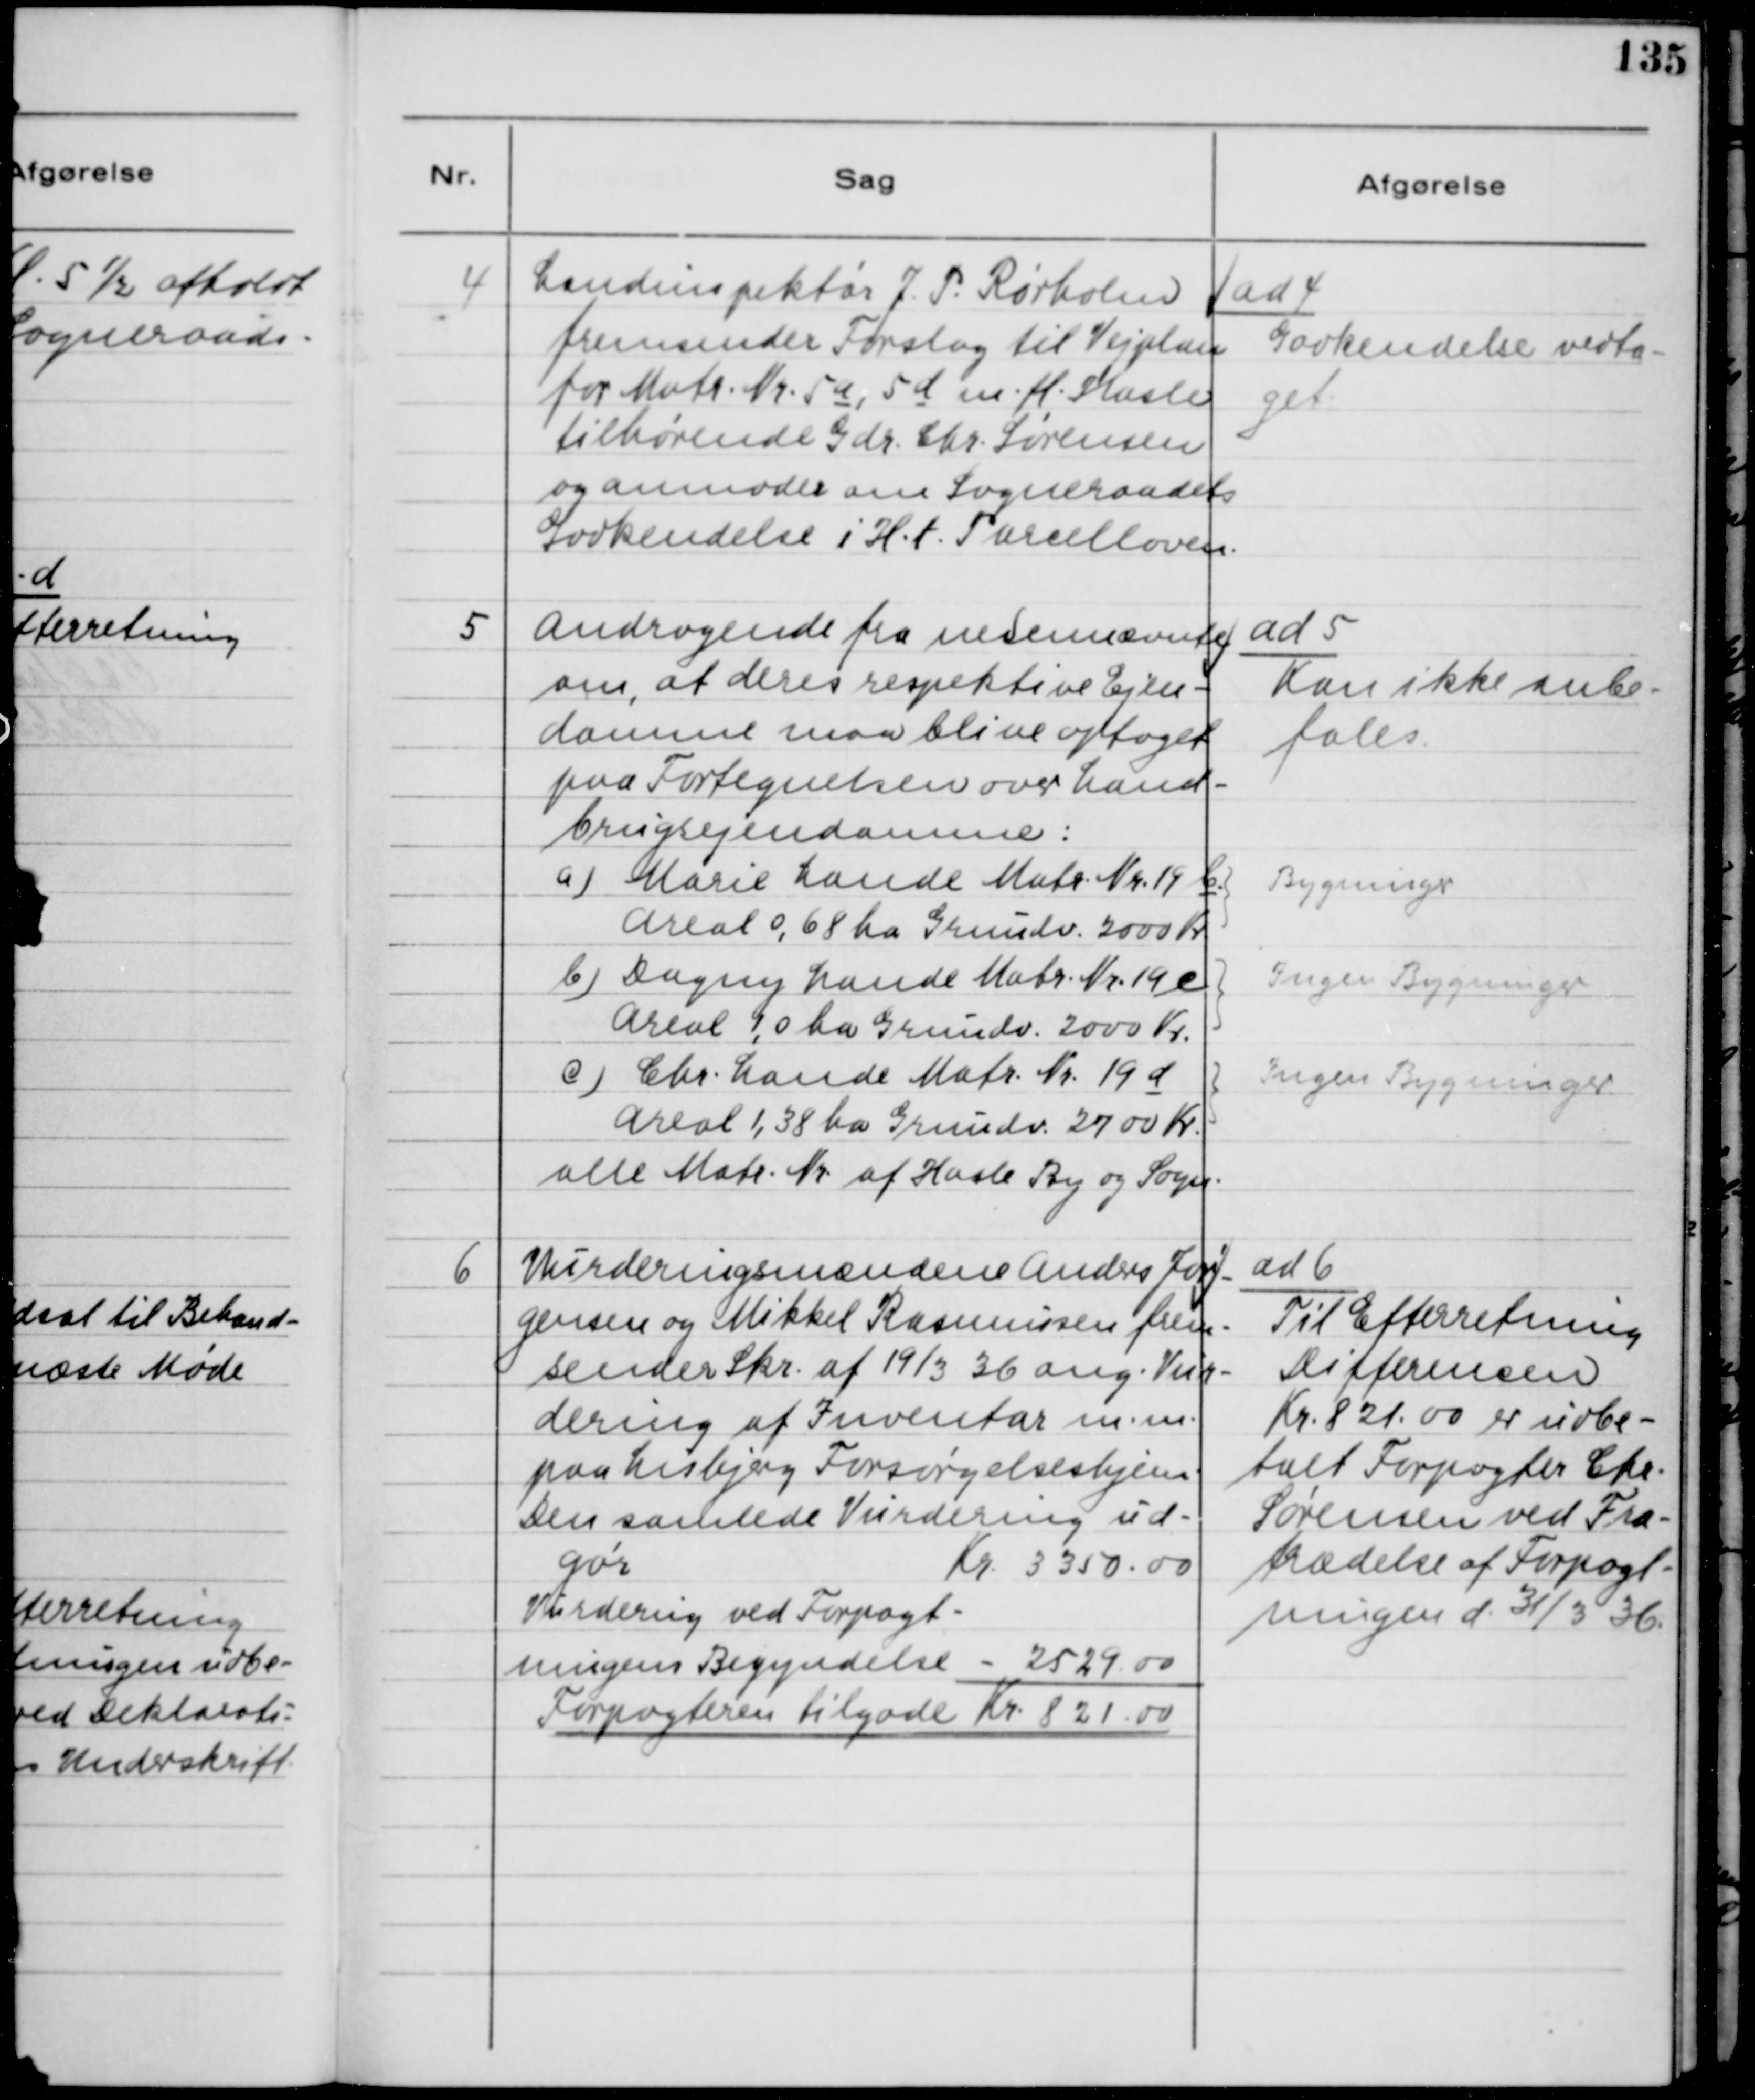
Transskription:
4
Landinspektør J.P. Rørholm
fremsender Forslag til Vejplan
for Matr. Nr. 5a, 5d m. fl. Hasle
tilhørende Gdr. Chr. Sørensen
og anmoder om Sogneraadets
Godkendelse i H.t. Parcelloven.
ad 4
Godkendelse vedta-
get.
5
Andragende fra nedennævnte
om, at deres respektive Ejen-
domme maa blive optaget
paa Fortegnelsen over Land-
brugsejendomme:
a) Marie Lande Matr. Nr. 19C
Areal 0,68 ha Grundv. 2000 Kr
Bygninger.
b) Dagny Lande Matr. Nr. 19e
Areal 1,0 ha. Grundv. 2000 kr
Ingen Bygninger.
c) Chr. Lande Matr. Nr. 19d
Areal 1,38 ha Grundv. 2700 kr.
Ingen Bygninger.
alle Matr. Nr. af Hasle By og Sogn.
ad 5
Kan ikke anbe-
fales.
6
 Vurderingsmændene Anders Jør-
gensen og Mikkel Rasmussen frem-
sender Skr. a 19/3 36 ang. Vur-
dering af Inventar m.m.
paa Lisbjerg Forsørgelseshjem.
Den samlede Vurdering ud-
gør Kr. 3350,00
Vurdering ved Forpagt-
ningens Begyndelse - 2529,00
Forpagteren tilgode Kr. 821,00
ad 6
Til Efterretning
Differencen
Kr. 821,00 er udbe-
talt Forvalter Chr.
Sørensen ved Fra-
trædelse af Forpagt-
ningen d. 31/3 36.